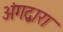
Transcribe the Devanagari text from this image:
अंगद्वारा